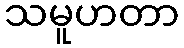
သမူဟတာ